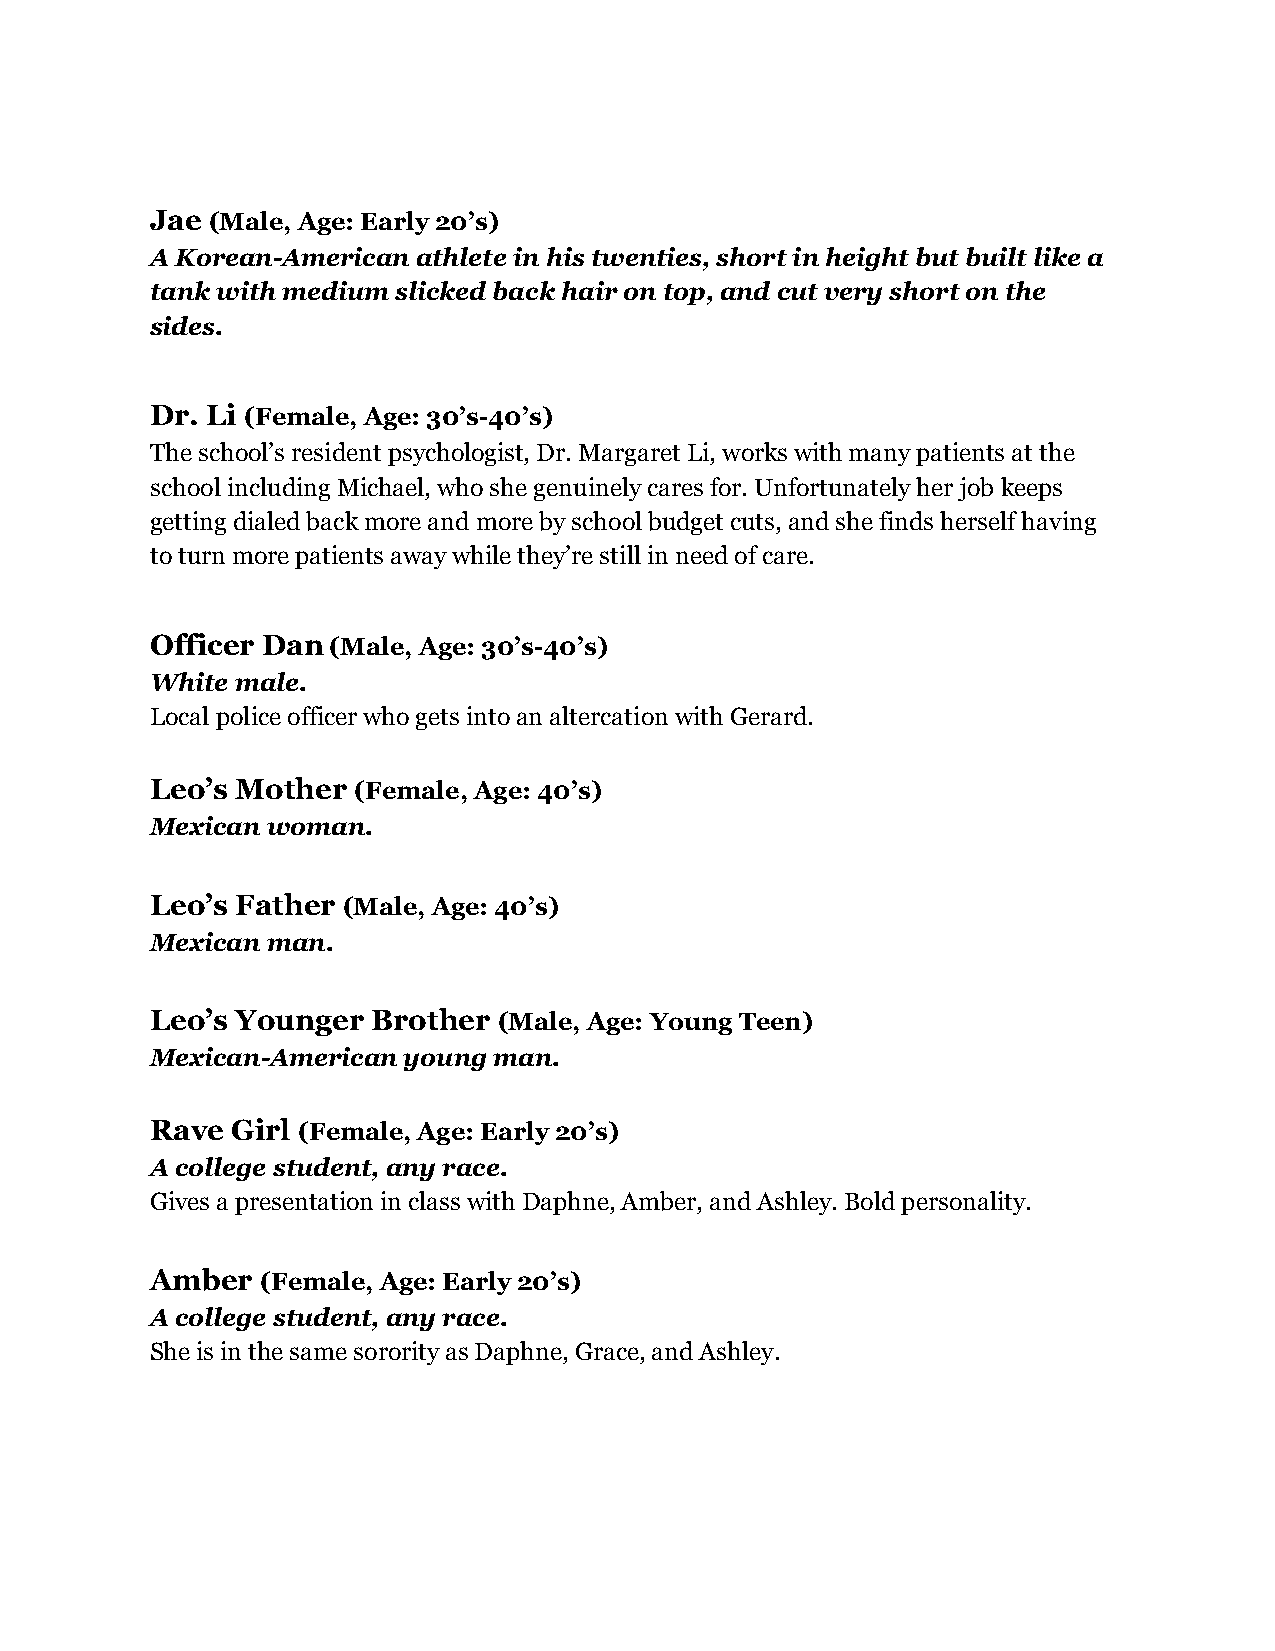
Jae ( Male, Age: Early 20’s)
 A Korean-American athlete in his twenties, short in height but built like a
 tank with medium slicked back hair on top, and cut very short on the
 sides.
 Dr. Li ( Female, Age: 30’s-40’s)
 The school’s resident psychologist, Dr. Margaret Li, works with many patients at the
 school including Michael, who she genuinely cares for. Unfortunately her job keeps
 getting dialed back more and more by school budget cuts, and she finds herself having
 to turn more patients away while they’re still in need of care.
 Officer Dan (Male, Age: 30’s-40’s)
 White male.
 Local police officer who gets into an altercation with Gerard.
 Leo’s Mother ( Female, Age: 40’s)
 Mexican woman.
 Leo’s Father ( Male, Age: 40’s)
 Mexican man.
 Leo’s Younger  Brother ( Male, Age: Young Teen)
 Mexican-American young man.
 Rave Girl ( Female, Age: Early 20’s)
 A college student, any race.
 Gives a presentation in class with Daphne, Amber, and Ashley. Bold personality.
 Amber  ( Female, Age: Early 20’s)
 A college student, any race.
 She is in the same sorority as Daphne, Grace, and Ashley.